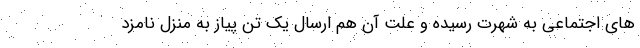
های اجتماعی به شهرت رسیده و علت آن هم ارسال یک تن پیاز به منزل نامزد